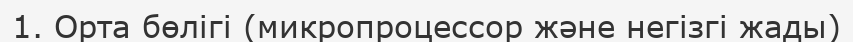
1. Орта бөлігі (микропроцессор және негізгі жады)